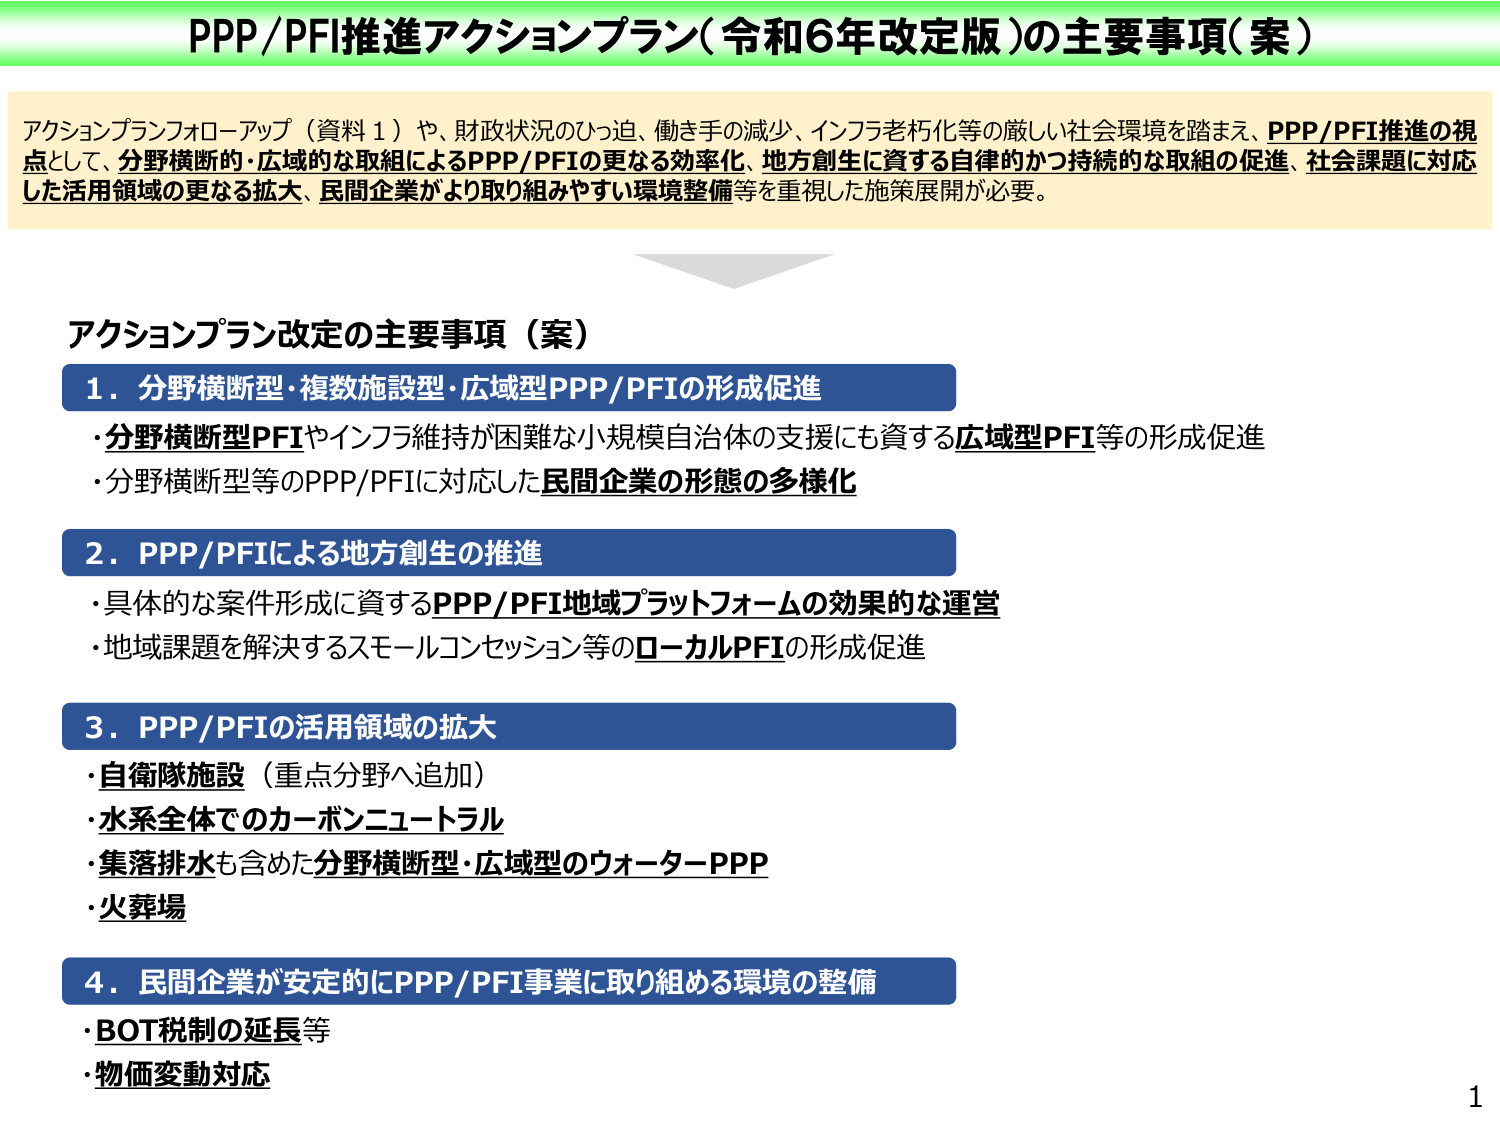
PPP/PFI推進アクションプラン（令和6年改定版）の主要事項（案）

アクションプランフォローアップ（資料１）や、財政状況のひっ迫、働き手の減少、インフラ老朽化等の厳しい社会環境を踏まえ、PPP/PFI推進の視点として、分野横断的・広域的な取組によるPPP/PFIの更なる効率化、地方創生に資する自律的かつ持続的な取組の促進、社会課題に対応した活用領域の更なる拡大、民間企業がより取り組みやすい環境整備等を重視した施策展開が必要。

アクションプラン改定の主要事項（案）

１．分野横断型・複数施設型・広域型PPP/PFIの形成促進
・分野横断型PFIやインフラ維持が困難な小規模自治体の支援にも資する広域型PFI等の形成促進
・分野横断型等のPPP/PFIに対応した民間企業の形態の多様化

２．PPP/PFIによる地方創生の推進
・具体的な案件形成に資するPPP/PFI地域プラットフォームの効果的な運営
・地域課題を解決するスモールコンセッション等のローカルPFIの形成促進

３．PPP/PFIの活用領域の拡大
・自衛隊施設（重点分野へ追加）
・水系全体でのカーボンニュートラル
・集落排水も含めた分野横断型・広域型のウォーターPPP
・火葬場

４．民間企業が安定的にPPP/PFI事業に取り組める環境の整備
・BOT税制の延長等
・物価変動対応

1